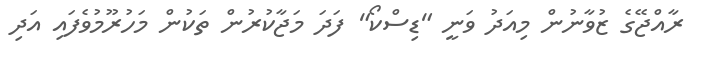
ރާއްޖޭގެ ޒުވާނުން މިއަދު ވަނީ "ޑިސްކޯ" ފަދަ މަޖާކުރުން ތަކުން މަހުރޫމުވެފައި އަދި